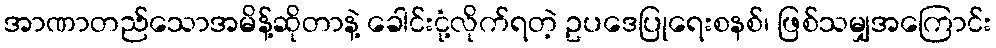
အာဏာတည်သောအမိန့်ဆိုတာနဲ့ ခေါင်းငုံ့လိုက်ရတဲ့ ဥပဒေပြုရေးစနစ်၊ ဖြစ်သမျှအကြောင်း